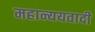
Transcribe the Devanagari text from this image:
महान्ययवादी